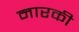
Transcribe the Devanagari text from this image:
नारकी